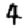
Digit: 4